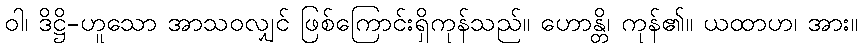
ဝါ၊ ဒိဋ္ဌိ-ဟူသော အာသဝလျှင် ဖြစ်ကြောင်းရှိကုန်သည်။ ဟောန္တိ၊ ကုန်၏။ ယထာဟ၊ အား။